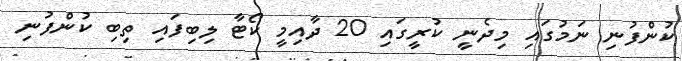
ކުންފުނި ނަމުގައި މިދެނީ ކުރީގައި 20 ދާއިމީ ކޯޓާ ލިބިފައި ތިބި ކުންފުނި